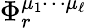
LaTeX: \Phi_{r}^{\mu_{1}\cdots\mu_{\ell}}